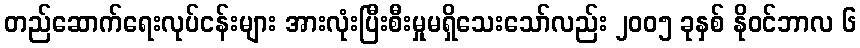
တည်ဆောက်ရေးလုပ်ငန်းများ အားလုံးပြီးစီးမှုမရှိသေးသော်လည်း ၂၀၀၅ ခုနှစ် နိုဝင်ဘာလ ၆